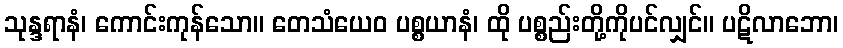
သုန္ဒရာနံ၊ ကောင်းကုန်သော။ တေသံယေဝ ပစ္စယာနံ၊ ထို ပစ္စည်းတို့ကိုပင်လျှင်။ ပဋိလာဘော၊